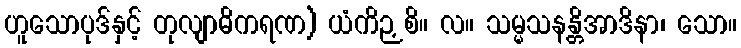
ဟူသောပုဒ်နှင့် တုလျာဓိကရဏ) ယံကိဉှစိ။ လ။ သမ္မသနန္တိအာဒိနာ၊ သော။